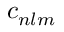
c _ { n l m }